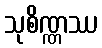
သုစိဏ္ဏဿ